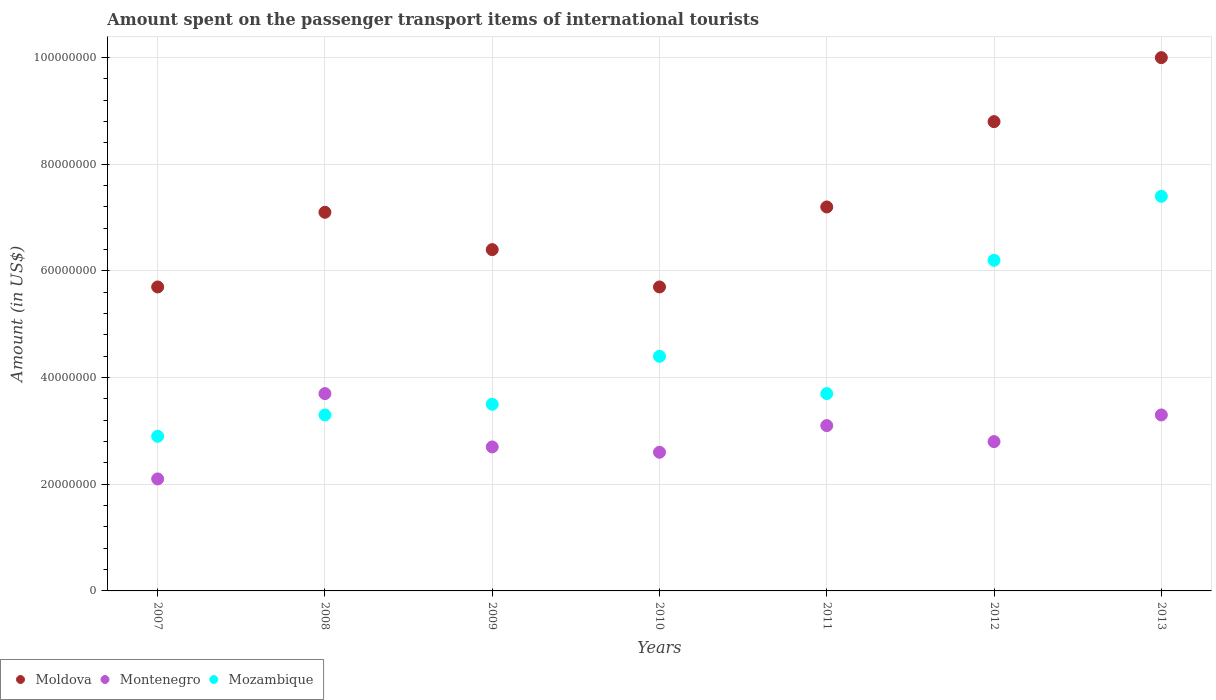
| Years | Moldova | Montenegro | Mozambique |
 | --- | --- | --- | --- |
 | 2007 | 5.7e+07 | 2.1e+07 | 2.9e+07 |
 | 2008 | 7.1e+07 | 3.7e+07 | 3.3e+07 |
 | 2009 | 6.4e+07 | 2.7e+07 | 3.5e+07 |
 | 2010 | 5.7e+07 | 2.6e+07 | 4.4e+07 |
 | 2011 | 7.2e+07 | 3.1e+07 | 3.7e+07 |
 | 2012 | 8.8e+07 | 2.8e+07 | 6.2e+07 |
 | 2013 | 1e+08 | 3.3e+07 | 7.4e+07 |